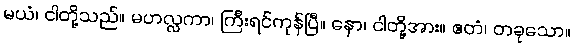
မယံ၊ ငါတို့သည်။ မဟလ္လကာ၊ ကြီးရင်ကုန်ပြီ။ နော၊ ငါတို့အား။ ဧတံ၊ တခုသော။